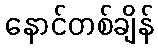
နောင်တစ်ချိန်